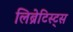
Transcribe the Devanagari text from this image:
लिब्रेटिस्ट्स